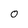
Character: O